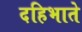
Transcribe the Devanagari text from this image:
दहिभाते